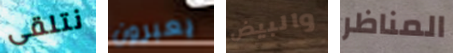
نتلقى يعبرون والبيض المناظر